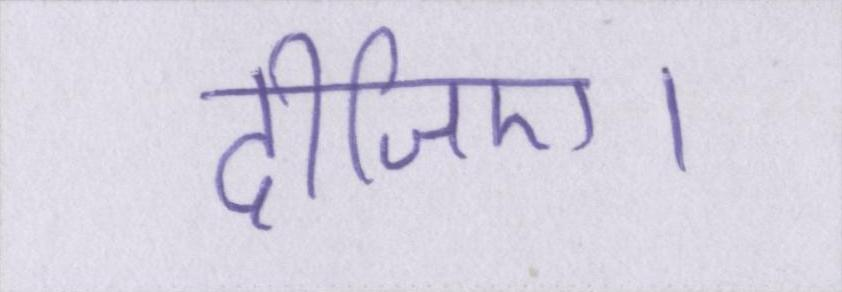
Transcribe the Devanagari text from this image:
दीजिए।